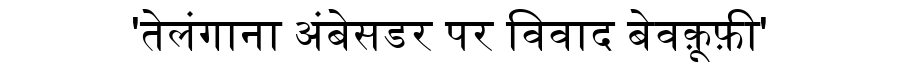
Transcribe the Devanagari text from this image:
'तेलंगाना अंबेसडर पर विवाद बेवक़ूफ़ी'